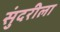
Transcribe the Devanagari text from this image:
सुंदरीला